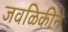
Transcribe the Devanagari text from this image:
जवळिकीने